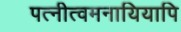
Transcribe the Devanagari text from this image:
पत्नीत्वमनायियापि